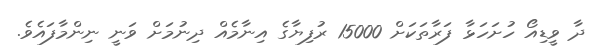
ދާ ވީޑިއޯ ހުށަހަޅާ ފަރާތަކަށް 15000 ރުފިޔާގެ އިނާމެއް ދިނުމަށް ވަނީ ނިންމާފައެވެ.